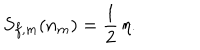
LaTeX: S _ { f , m } ( n _ { m } ) = { \frac { 1 } { 2 } } \, \eta .